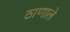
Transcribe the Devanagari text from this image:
ठाणाले